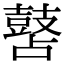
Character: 䵿